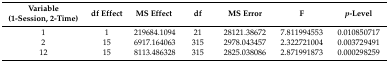
<table><thead><tr><td><b>Variable (1-Session, 2-Time)</b></td><td><b>df Effect</b></td><td><b>MS Effect</b></td><td><b>df</b></td><td><b>MS Error</b></td><td><b>F</b></td><td><b><i>p</i>-Level</b></td></tr></thead><tbody><tr><td>1</td><td>1</td><td>219684.1094</td><td>21</td><td>28121.38672</td><td>7.811994553</td><td>0.010850717</td></tr><tr><td>2</td><td>15</td><td>6917.164063</td><td>315</td><td>2978.043457</td><td>2.322721004</td><td>0.003729491</td></tr><tr><td>12</td><td>15</td><td>8113.486328</td><td>315</td><td>2825.038086</td><td>2.871991873</td><td>0.000298259</td></tr></tbody></table>